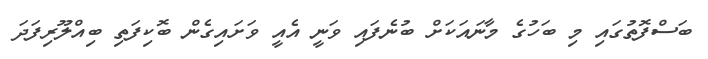
ބަސްފޮތުގައި މި ބަހުގެ މާނައަކަށް ބުނެފައި ވަނީ އެއީ ވަށައިގެން ބޮކިފަތި ބިއްލޫރިފަދަ